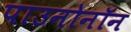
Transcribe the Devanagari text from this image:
पाउनोनॉन